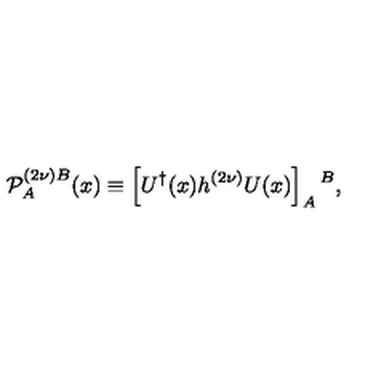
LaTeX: { \cal P } _ { A } ^ { ( 2 \nu ) B } ( x ) \equiv \left[ U ^ { \dagger } ( x ) h ^ { ( 2 \nu ) } U ( x ) \right] _ { A } { } ^ { B } ,